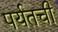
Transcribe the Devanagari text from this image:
पर्यतची